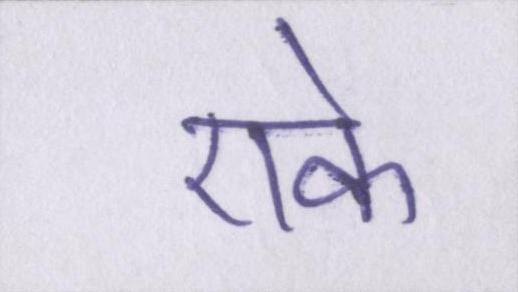
एके